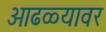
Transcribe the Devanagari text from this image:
आढळ्यावर